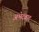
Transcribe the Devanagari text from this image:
अभेदवाद